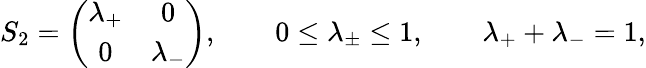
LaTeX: S_{2}=\left(\begin{array}{cc}{{\lambda_{+}}}&{{0}}\\ {{0}}&{{\lambda_{-}}}\end{array}\right),\qquad 0\le\lambda_{\pm}\le 1,\qquad\lambda_{+}+\lambda_{-}=1,